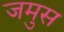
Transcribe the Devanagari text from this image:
जमुस